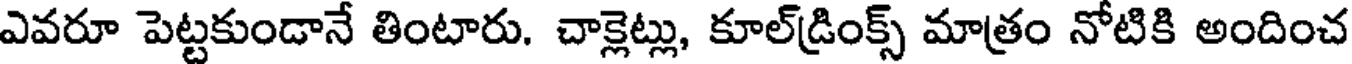
ఎవరూ పెట్టకుండానే తింటారు. చాక్లెట్లు, కూల్డ్రింక్స్ మాత్రం నోటికి అందించ